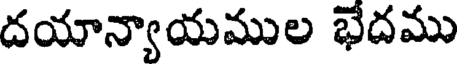
దయాన్యాయముల భేదము